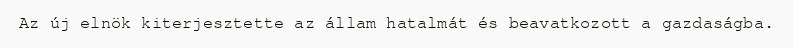
Az új elnök kiterjesztette az állam hatalmát és beavatkozott a gazdaságba.